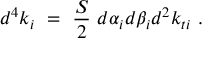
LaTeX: d ^ { 4 } k _ { i } \ = \ \frac S 2 \ d \alpha _ { i } d \beta _ { i } d ^ { 2 } k _ { t i } \ .